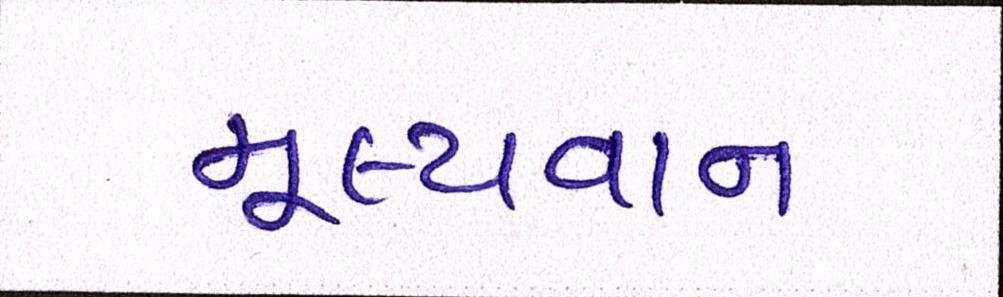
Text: મૂલ્યવાન